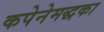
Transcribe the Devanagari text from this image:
कपेनेमद्धका